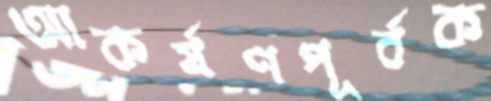
আকর্ষণপূর্বক